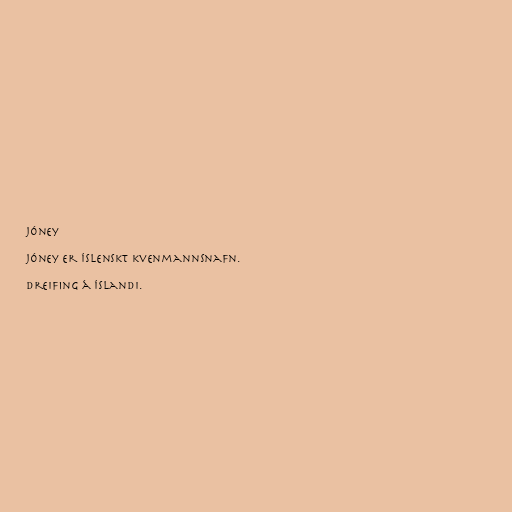
Jóney

Jóney er íslenskt kvenmannsnafn.

Dreifing á Íslandi.